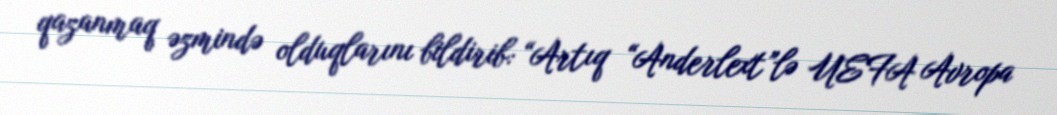
qazanmaq əzmində olduqlarını bildirib: “Artıq “Anderlext”lə UEFA Avropa